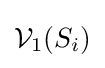
{\mathcal {V}}_{1}(S_{i})